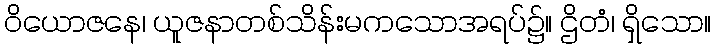
ဝိယောဇနေ၊ ယူဇနာတစ်သိန်းမကသောအရပ်၌။ ဌိတံ၊ ရှိသော။